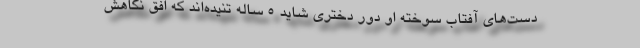
دست‌هاي آفتاب سوخته او دور دختري شايد 5 ساله تنيده‌اند كه افق نگاهش